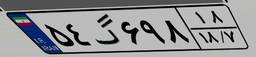
۵۴گ۶۹۸۱۸